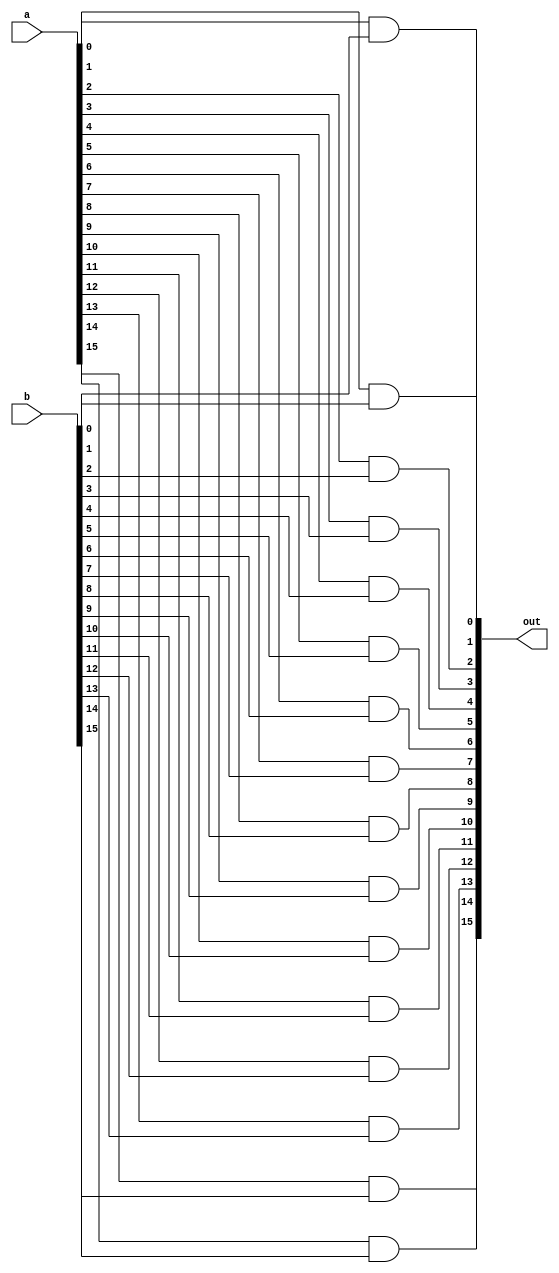
`ifndef _And16_
`define _And16_

module And16 (out,a,b);
  input [15:0] a;
  input [15:0] b;
  output [15:0] out;

  //Descrio
  and and0(out[0], a[0], b[0]);
  and and1(out[1], a[1], b[1]);
  and and2(out[2], a[2], b[2]);
  and and3(out[3], a[3], b[3]);
  and and4(out[4], a[4], b[4]);
  and and5(out[5], a[5], b[5]);
  and and6(out[6], a[6], b[6]);
  and and7(out[7], a[7], b[7]);
  and and8(out[8], a[8], b[8]);
  and and9(out[9], a[9], b[9]);
  and and10(out[10], a[10], b[10]);
  and and11(out[11], a[11], b[11]);
  and and12(out[12], a[12], b[12]);
  and and13(out[13], a[13], b[13]);
  and and14(out[14], a[14], b[14]);
  and and15(out[15], a[15], b[15]);

endmodule
`endif